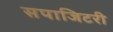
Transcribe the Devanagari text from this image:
सपाजिटरी